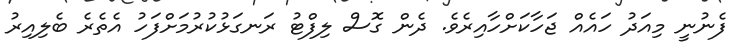
ފެނުނީ މިއަދު ހައެއް ޖަހާކަށްހާއިރެވެ. ދެން ގޮސް ލިފްޓު ރަނގަޅުކުރުމަށްފަހު އެތެރެ ބެލިއިރު